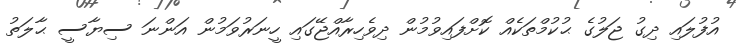
އުފުލައި ދިގު ޖަލުގެ ޙުކުމްތަކެއް ކޮށްފައިވުމުން ދިވެހިރާއްޖޭގައި ހީނަރުވަމުން އަންނަ ސިޔާސީ ޙާލަތު